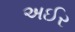
અઈર